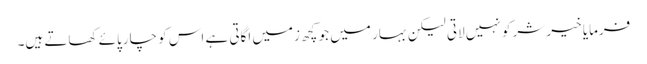
فرمایا خیر شر کو نہیں لاتی لیکن بہار میں جو کچھ زمیں اگاتی ہے اس کو چارپائے کھاتے ہیں۔